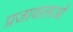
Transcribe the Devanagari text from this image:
प्रजावालाओं